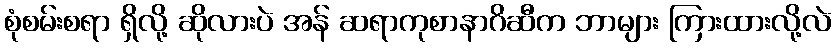
စုံစမ်းစရာ ရှိလို့ ဆိုလားပဲ အန် ဆရာကုစာနာဂိဆီက ဘာများ ကြားထားလို့လဲ